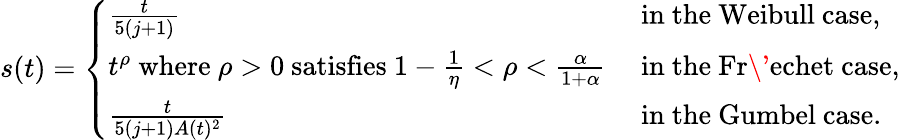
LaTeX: s(t)=\left\{ \begin{array}{ll}{\frac{t}{5(j+1)}}&{\mathrm{~in~the~Weibull~case,}}\\ {t^{\rho}\mathrm{~where~}\rho>0\mathrm{~satisfies~}1-\frac 1\eta<\rho<\frac\alpha{1+\alpha}}&{\mathrm{~in~the~Fr\' echet~case,}}\\ {\frac{t}{5(j+1)A(t)^{2}}}&{\mathrm{~in~the~Gumbel~case.}}\end{array}\right.